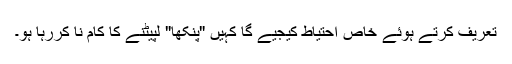
تعریف کرتے ہوئے خاص احتیاط کیجیے گا کہیں "پنکھا" لپیٹنے کا کام نا کررہا ہو۔